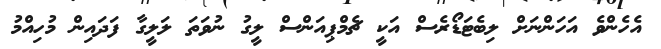
އެހެންވެ އަހަންނަށް ލިބެޓަޑޯރެސް އަކީ ޗެމްޕިއަންސް ލީގު ނުވަތަ ލަލީގާ ފަދައިން މުހިއްމު